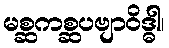
မစ္ဆကစ္ဆပဗျာဝိဒ္ဓါ၊